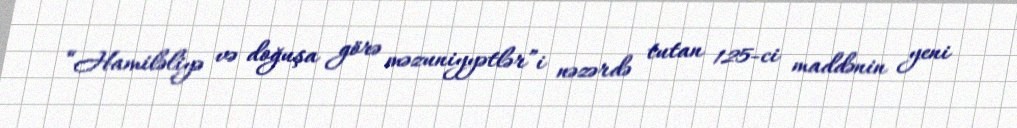
“Hamiləliyə və doğuşa görə məzuniyyətlər”i nəzərdə tutan 125-ci maddənin yeni